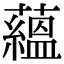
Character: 蘊